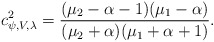
\begin{align*}c^2_{\psi, V,\lambda}=\frac{(\mu_2-\alpha-1)(\mu_1-\alpha)}{(\mu_2+\alpha)(\mu_1+\alpha+1)}.\end{align*}